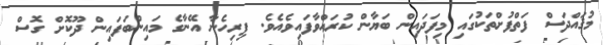
މުޤައްދަސް ފަތްފުށްތަކުގައި މިފަދައިން ބަޔާން ކުރައްވާފައިވެއެވެ. ފިރިހެނާ އޭނާގެ މައިންބަފައިން ދޫކޮށް ގޮސް